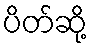
ပိတ်ဆို့